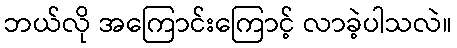
ဘယ်လို အကြောင်းကြောင့် လာခဲ့ပါသလဲ။